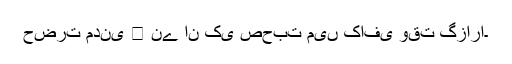
حضرت مدنی ﷫ نے ان کی صحبت میں کافی وقت گزارا۔